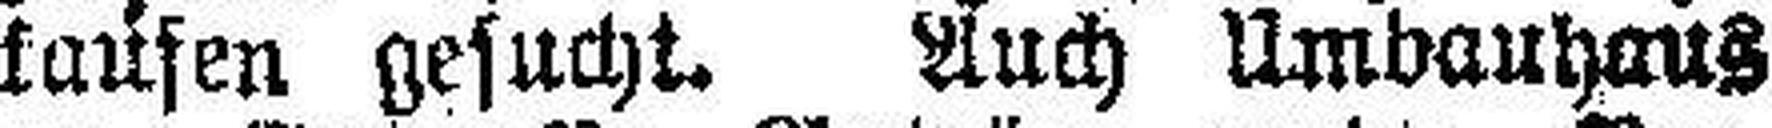
lausen gesucht. Auch Umvanhans